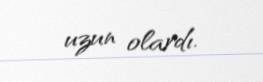
uzun olardı.